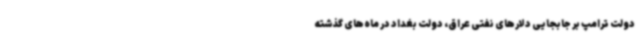
دولت ترامپ بر جابجایی دلارهای نفتی عراق، دولت بغداد در ماه‌های گذشته